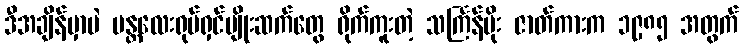
ဒီအချိန်မှာပဲ မန္တလေးရုပ်ရှင်မျိုးဆက်တွေ ရိုက်ကူးတဲ့ သင်္ကြန်မိုး ဇာတ်ကားက ၁၉၈၅ အတွက်